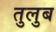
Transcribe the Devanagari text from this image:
तुलुब